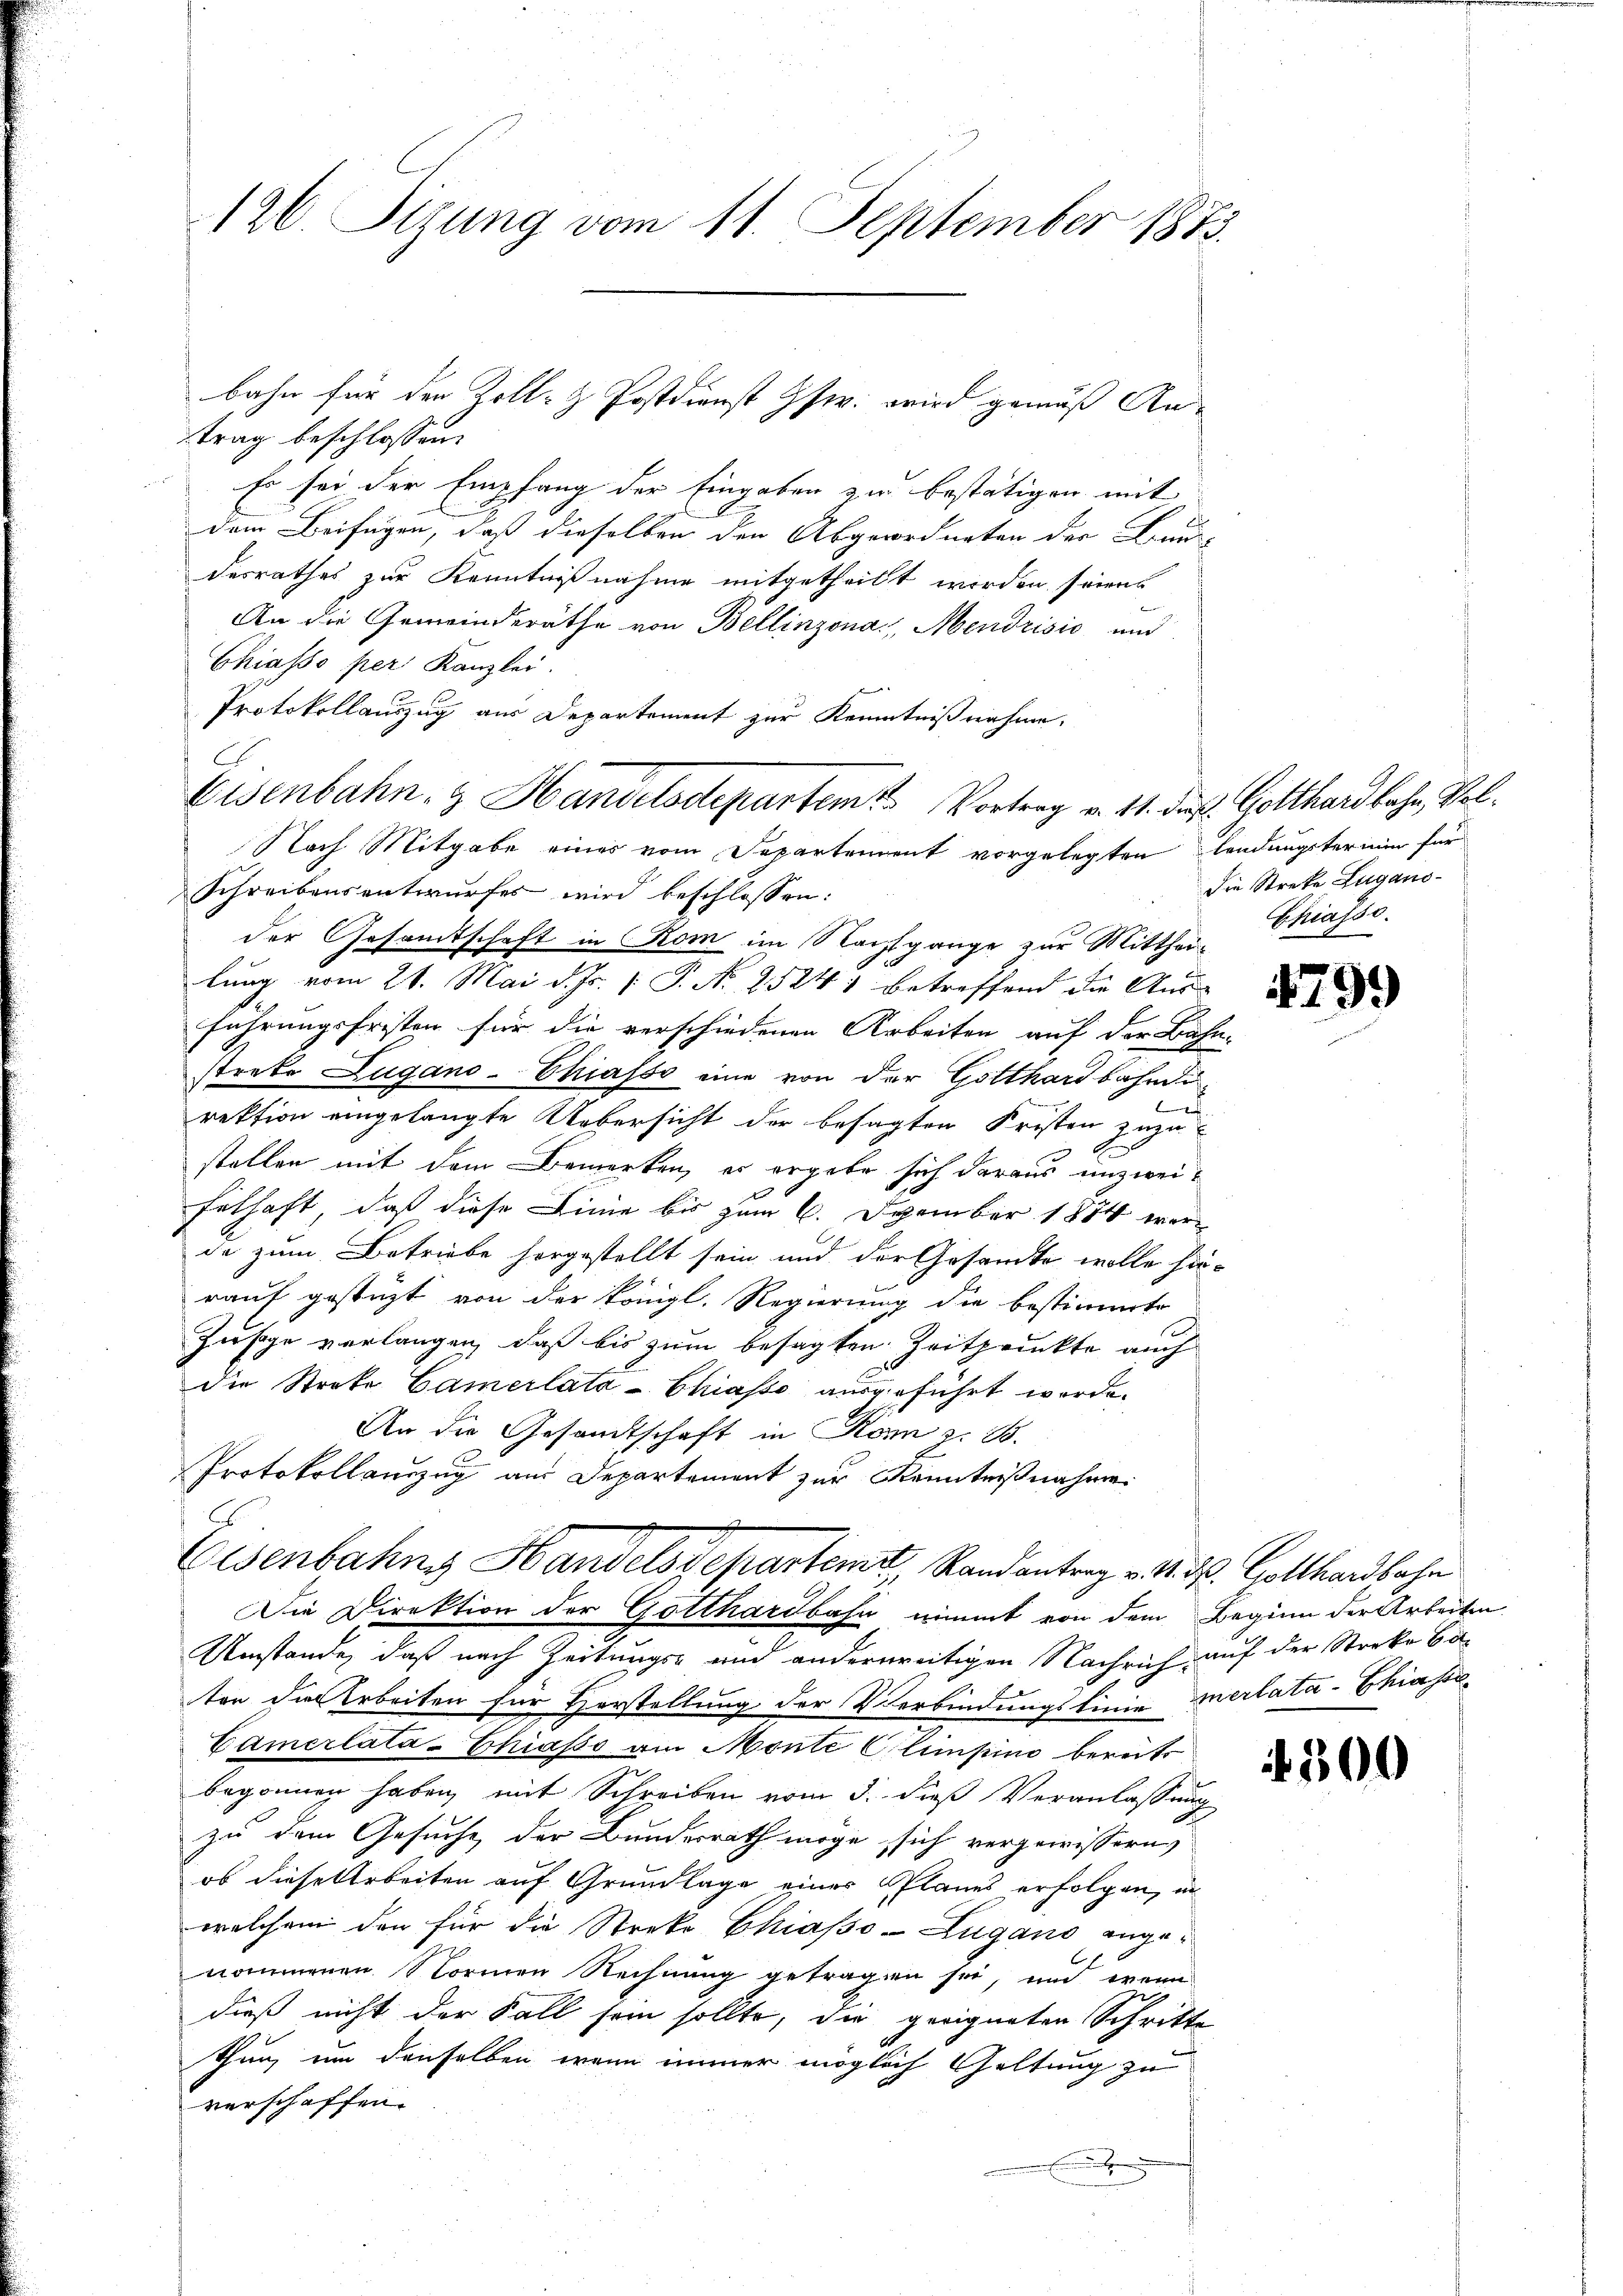
126. Sizung vom 11. September 1873.

trag beschlossen:
Es sei der Empfang der Eingaben zu bestätigen mit
dem Beifügen, daß dieselben den Abgeordneten der Brau-
desrathes zur Kenntnisnahme mitgetheilt werden seien.
An die Gemeinderäthe von Bellinzona Mendrisić und
Chiasso per Kanzlei.
Protokollauszug aus Departement zur Kenntnißnahme.
C
Eisenbahn- & Handelsdepartem Vortrag v. 11. daß Gotthardbahn, Vol¬
Nach Mitgabe eines vom Departement vorgelegten lendungstermin für
Schreibensentwurfes wird beschlossen:
der Gesamtschaft in Rom im Nachtgange zur Mittheilung vom 28. Mai d. Js. 1 S. N. 2524 betreffend die Aus-
führungsfristen für die verschiedenen Arbeiten auf der Bahn-
strete Zugano-Chiasso eine von der Gotthardbahndi
rektion eingelangte Uebersicht der besagten Fristen zuzu-
stellen mit dem Bemerken, es ergebe sich daraus unzweit
Felhaft, daß diese Linie bis zum 6. Dezember 1884 wer
de zum Betriebe horgestellt sein und der Gesandte wolle hin-
rauf gestüzt von der königl. Regierung die bestimmte
Zusage verlangen, daß bis zum besagten Zeitpunkte auch
die Streke Camerlata-Chiasso ausgeführt werde.
An die Gesandtschaft in Honn z. B.
Protokollauszug aus Departement zur Kenntnißnahme
Eisenbahne Handelsdepartem Randantrag v. 14. d. Gotthardbahn
Die Direktion der Gotthardbahn nimmt von dem Beginn der Arbeiten
Umstände, daß nach Zeitungs- und anderereitigen Nachrich, auf der Streke Caten die Arbeiten für Herstellung der Verbindungslinie Inerlata-Chiassa¬
Camerlatá-Chiasso am Monte Climpino bereits
begonnen haben, mit Schreiben vom 3. dieß Veranlassung
zu dem Gesuche der Bundesrath möge sich vergewissern,
ob diese Arbeiten auf Grundlage einer Planes erfolgen, in
welchem den für die Streke Chiasso-Zugano angenommenen Normen Rechnung getragen sei, und wenn
dieß nicht der Fall sein sollte, die geeigneten Schritte
thung um denselben wenn immer möglich Geltung zu
verschaffen.
.

bahn für den Zoll- & Postdienst Gst. wird gemäß An-

die Streke Lugano¬
Chiasso.

4799)

300